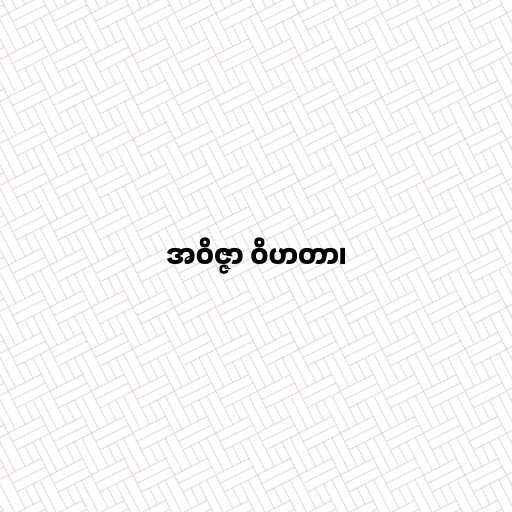
အဝိဇ္ဇာ ဝိဟတာ၊